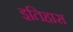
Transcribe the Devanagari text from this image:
इतिहास